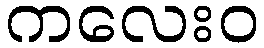
ကလေးဝ